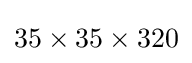
35\times 35\times 320